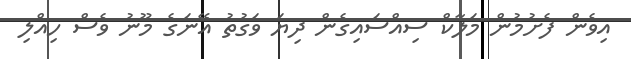
އިވެން ފެށުމުން މަލާކް ސިއްސައިގެން ދިޔަ ވަގުތު އޭނަގެ މޫނު ވެސް ހިއްލި